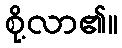
စို့လာ၏။